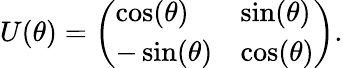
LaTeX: U(\theta)=\left(\begin{array}{ll}{\cos(\theta)}&{\sin(\theta)}\\ {-\sin(\theta)}&{\cos(\theta)}\end{array}\right).